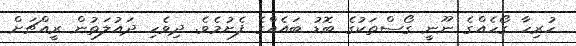
ހުރިހާ ގޯހެއްގެ ނޫނީ ގޯސްތަކުގެ ބޮޑު ބައެއްގެ ފެށުމެވެ. ދިވެހި ދައުލަތުން ރީއްޗަށް